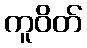
ကူဝိတ်